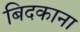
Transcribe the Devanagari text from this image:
बिदकाना